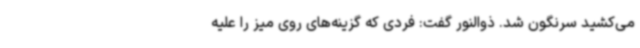
می‌کشید سرنگون شد. ذوالنور گفت: فردی که گزینه‌های روی میز را علیه